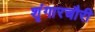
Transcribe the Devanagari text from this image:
शृंगारचौरी